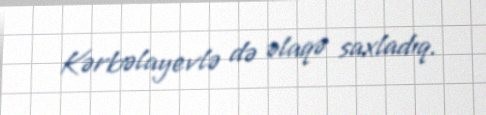
Kərbəlayevlə də əlaqə saxladıq.